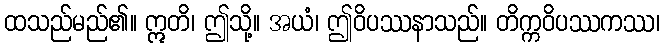
ထသည်မည်၏။ ဣတိ၊ ဤသို့။ အယံ၊ ဤဝိပဿနာသည်။ တိက္ကဝိပဿကဿ၊